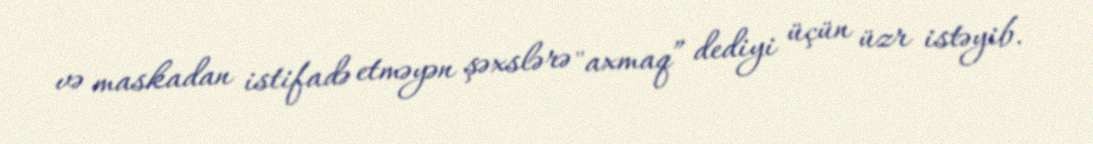
və maskadan istifadə etməyən şəxslərə "axmaq” dediyi üçün üzr istəyib.